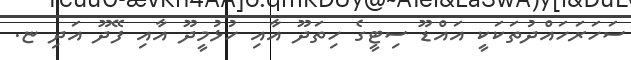
ސަހަރަހައްދުތަކަކީ އައްޑޫ ސިޓީގެ ހިތަދޫ އާއި ހުޅުމީދޫ އާއި ފޭދޫ އަދި ޏ.